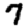
Digit: 7